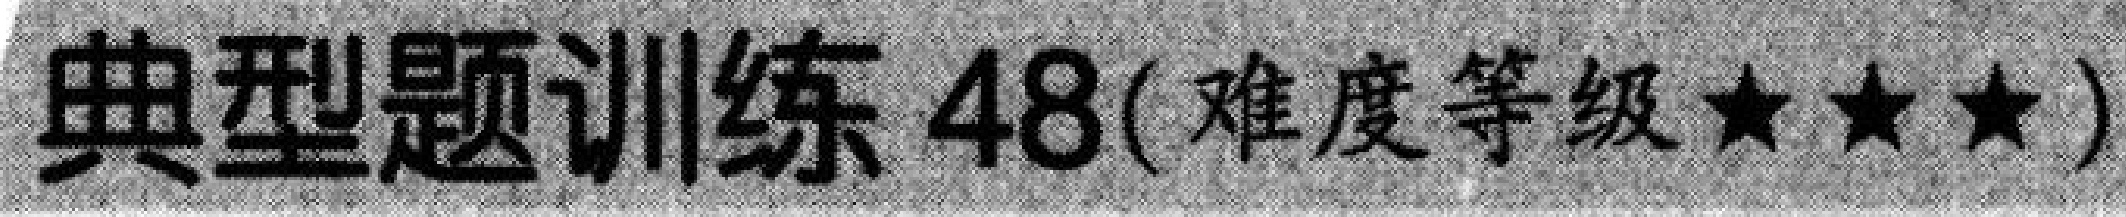
典型题训练 \(48(\)难度等级\(\star\star\star)\)